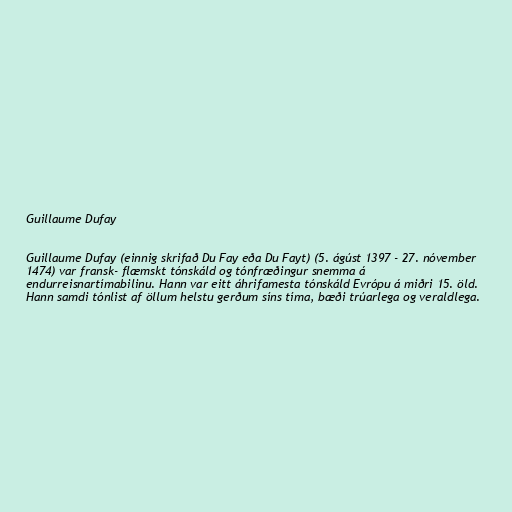
Guillaume Dufay

Guillaume Dufay (einnig skrifað Du Fay eða Du Fayt) (5. ágúst 1397 - 27. nóvember
1474) var fransk- flæmskt tónskáld og tónfræðingur snemma á
endurreisnartímabilinu. Hann var eitt áhrifamesta tónskáld Evrópu á miðri 15. öld.
Hann samdi tónlist af öllum helstu gerðum síns tíma, bæði trúarlega og veraldlega.